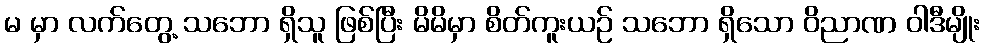
မ မှာ လက်တွေ့ သဘော ရှိသူ ဖြစ်ပြီး မိမိမှာ စိတ်ကူးယဉ် သဘော ရှိသော ဝိညာဏ ဝါဒီမျိုး